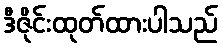
ဒီဇိုင်းထုတ်ထားပါသည်